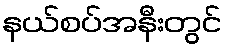
နယ်စပ်အနီးတွင်